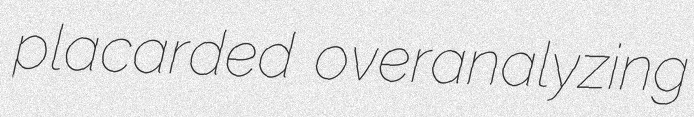
placarded overanalyzing